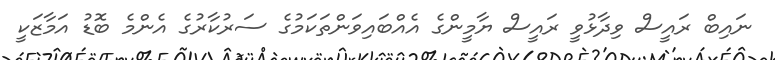
ނައިބް ރައީސް ވިދާޅުވީ ރައީސް ޔާމީންގެ އެއްބައިވަންތަކަމުގެ ސަރުކާރުގެ އެންމެ ބޮޑު އަމާޒަކީ